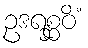
ဥဒရစ္ဆဝိံ